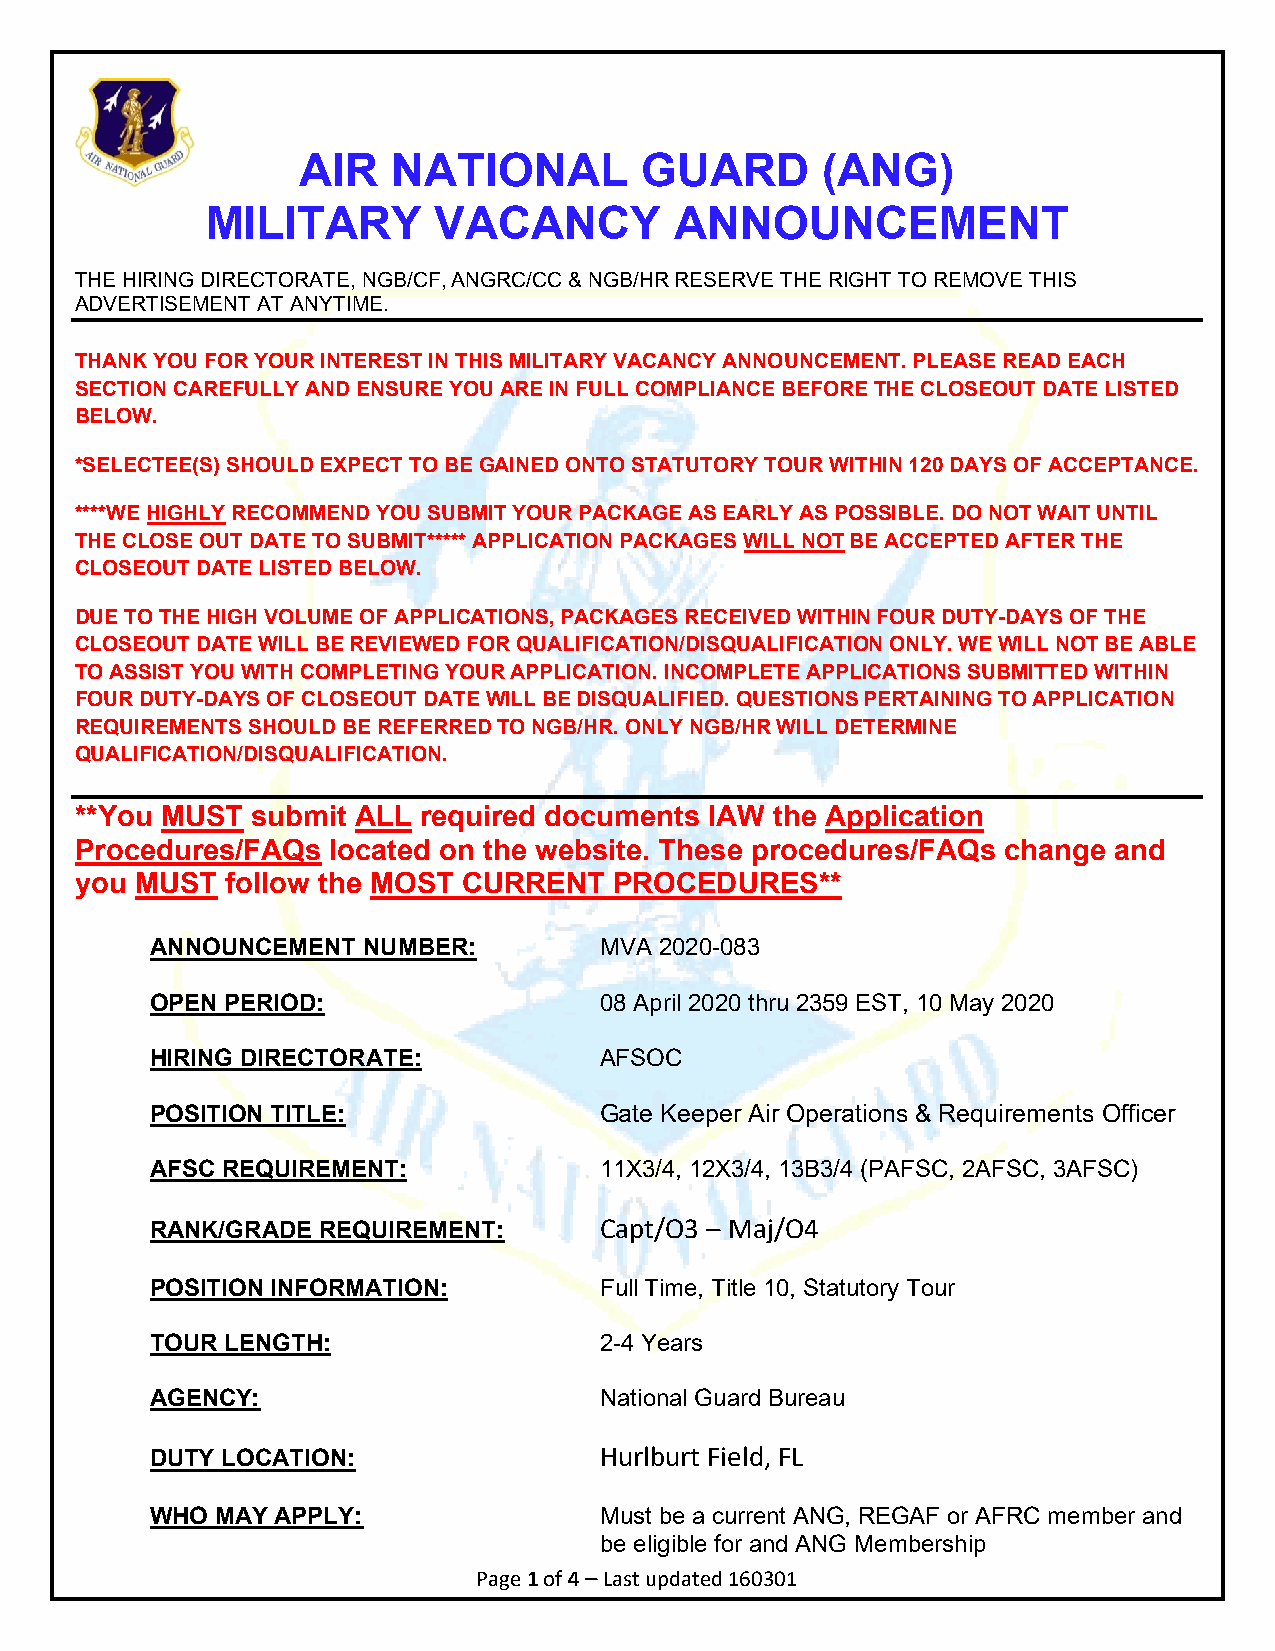
AIR   NATIONAL        GUARD       (ANG)
 MILITARY       VACANCY         ANNOUNCEMENT
 THE HIRING DIRECTORATE, NGB/CF, ANGRC/CC & NGB/HR RESERVE THE RIGHT TO REMOVE THIS
 ADVERTISEMENT AT ANYTIME.
 THANK YOU FOR YOUR INTEREST IN THIS MILITARY VACANCY ANNOUNCEMENT. PLEASE READ EACH
 SECTION CAREFULLY AND ENSURE YOU ARE IN FULL COMPLIANCE BEFORE THE CLOSEOUT DATE LISTED
 BELOW.
 *SELECTEE(S) SHOULD EXPECT TO BE GAINED ONTO STATUTORY TOUR WITHIN 120 DAYS OF ACCEPTANCE.
 ****WE HIGHLY RECOMMEND YOU SUBMIT YOUR PACKAGE AS EARLY AS POSSIBLE. DO NOT WAIT UNTIL
 THE CLOSE OUT DATE TO SUBMIT***** APPLICATION PACKAGES WILL NOT BE ACCEPTED AFTER THE
 CLOSEOUT DATE LISTED BELOW.
 DUE TO THE HIGH VOLUME OF APPLICATIONS, PACKAGES RECEIVED WITHIN FOUR DUTY-DAYS OF THE
 CLOSEOUT DATE WILL BE REVIEWED FOR QUALIFICATION/DISQUALIFICATION ONLY. WE WILL NOT BE ABLE
 TO ASSIST YOU WITH COMPLETING YOUR APPLICATION. INCOMPLETE APPLICATIONS SUBMITTED WITHIN
 FOUR DUTY-DAYS OF CLOSEOUT DATE WILL BE DISQUALIFIED. QUESTIONS PERTAINING TO APPLICATION
 REQUIREMENTS SHOULD BE REFERRED TO NGB/HR. ONLY NGB/HR WILL DETERMINE
 QUALIFICATION/DISQUALIFICATION.
 **You MUST  submit ALL required documents IAW the Application
 Procedures/FAQs  located on the website. These procedures/FAQs change and
 you MUST  follow the MOST CURRENT   PROCEDURES**
 ANNOUNCEMENT  NUMBER:         MVA 2020-083
 OPEN PERIOD:                  08 April 2020 thru 2359 EST, 10 May 2020
 HIRING DIRECTORATE:           AFSOC
 POSITION TITLE:               Gate Keeper Air Operations & Requirements Officer
 AFSC REQUIREMENT:             11X3/4, 12X3/4, 13B3/4 (PAFSC, 2AFSC, 3AFSC)
 RANK/GRADE REQUIREMENT:       Capt/O3 – Maj/O4
 POSITION INFORMATION:         Full Time, Title 10, Statutory Tour
 TOUR LENGTH:                  2-4 Years
 AGENCY:                       National Guard Bureau
 DUTY LOCATION:                Hurlburt Field, FL
 WHO MAY APPLY:                Must be a current ANG, REGAF or AFRC member and
 be eligible for and ANG Membership
 Page 1 of 4 – Last updated 160301